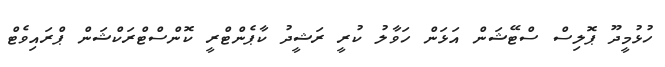
ހުޅުމީދޫ ޕޮލިސް ސްޓޭޝަން އަޅަން ހަވާލު ކުރީ ރަޝީދު ކާޕެންޓްރީ ކޮންސްޓްރަކްޝަން ޕްރައިވެޓް